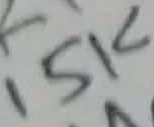
Text: 15K